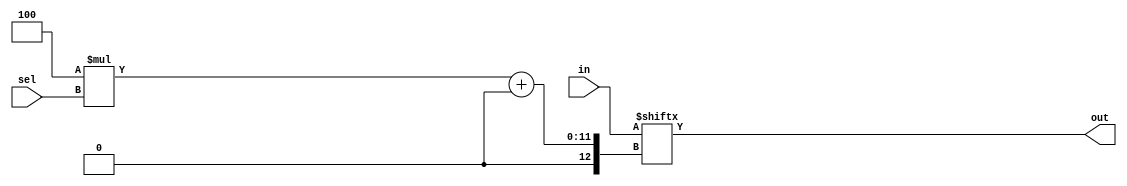
module top_module( 
    input [1023:0] in,
    input [7:0] sel,
    output [3:0] out );
    assign out = in[4*sel+:4];
endmodule
// in[4*sel+3:4*sel] is invalid, since synthesizer cannot prove that select width is constant
// instead, in verilog 2001 you can select the constant width with variable starting point